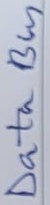
Text: Data Bus